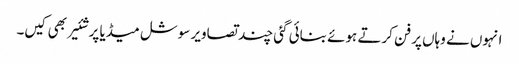
انہوں نے وہاں پر فن کرتے ہوئے بنائی گئی چند تصاویر سوشل میڈیا پر شئیر بھی کیں۔